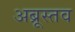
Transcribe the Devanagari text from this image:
अब्रूस्तव